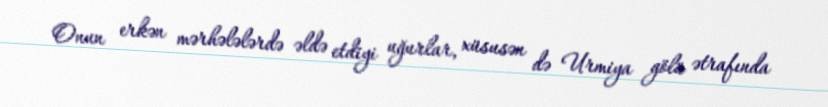
Onun erkən mərhələlərdə əldə etdiyi uğurlar, xüsusən də Urmiya gölü ətrafında